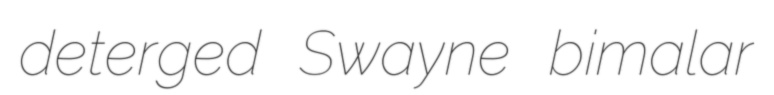
deterged Swayne bimalar